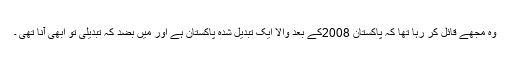
وہ مجھے قائل کر رہا تھا کہ پاکستان 2008کے بعد والا ایک تبدیل شدہ پاکستان ہے اور میں بضد کہ تبدیلی تو ابھی آنا تھی ۔